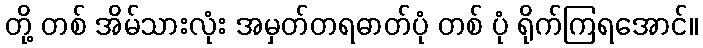
တို့ တစ် အိမ်သားလုံး အမှတ်တရဓာတ်ပုံ တစ် ပုံ ရိုက်ကြရအောင်။